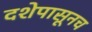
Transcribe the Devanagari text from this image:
दशेपासूनच